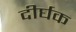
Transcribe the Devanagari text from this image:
दीर्घक